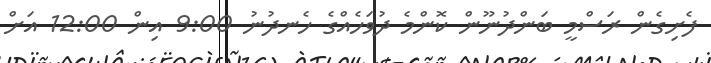
ފެށިގެން ރަސްމީ ބަންދުނޫން ކޮންމެ ދުވަހެއްގެ ހެނދުނު 9:00 އިން 12:00 އަށް